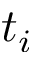
t _ { i }